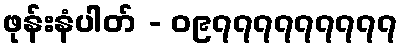
ဖုန်းနံပါတ် - ၀၉၇၇၇၇၇၇၇၇၇